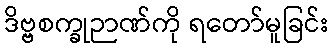
ဒိဗ္ဗစက္ခုဉာဏ်ကို ရတော်မူခြင်း